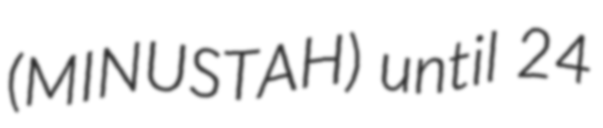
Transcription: (MINUSTAH) until 24